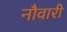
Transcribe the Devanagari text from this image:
नौवारी